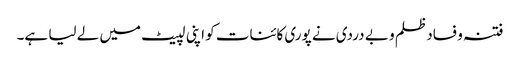
فتنہ و فساد ظلم و بے دردی نے پوری کائنات کو اپنی لپیٹ میں لے لیا ہے۔